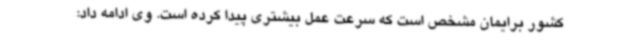
کشور برایمان مشخص است که سرعت عمل بیشتری پیدا کرده است. وی ادامه داد: